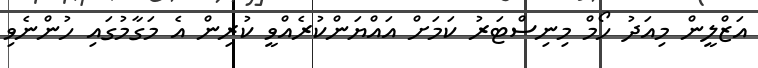
އަޒްލީން މިއަދު ހޯމް މިނިސްޓަރު ކަމަށް އައްޔަންކުރެއްވީ ކުރިން އެ މަގާމުގައި ހުންނެވި